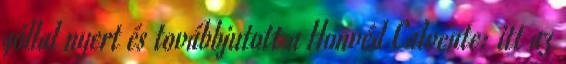
góllal nyert és továbbjutott a Honvéd Calvente: itt az